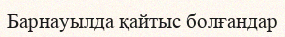
Барнауылда қайтыс болғандар